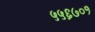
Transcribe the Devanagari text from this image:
५५६७०१